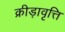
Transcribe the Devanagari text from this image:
क्रीड़ावृत्ति